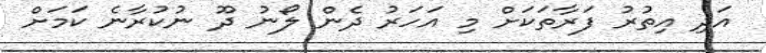
އަދި އިތުރު ފަރާތަކަށް މި އަހަރު ދެން ލޯނު ދޫ ނުކުރާނެ ކަމަށް